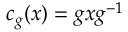
c _ { g } ( x ) = g x g ^ { - 1 }